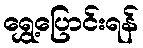
ရွှေ့ပြောင်းရန်